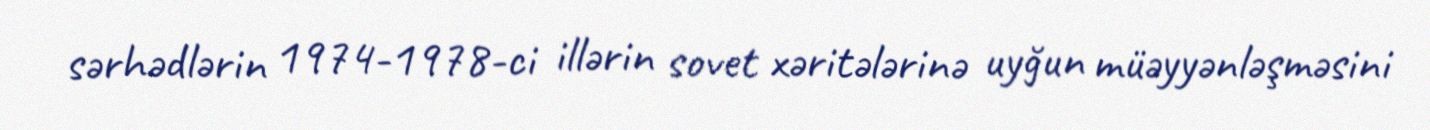
sərhədlərin 1974-1978-ci illərin sovet xəritələrinə uyğun müəyyənləşməsini